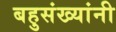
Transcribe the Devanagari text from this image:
बहुसंख्यांनी